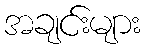
အချင်းများ